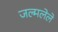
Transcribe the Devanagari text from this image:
जल्मलेले